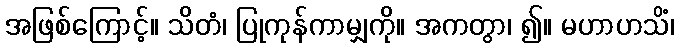
အဖြစ်ကြောင့်။ သိတံ၊ ပြုကုန်ကာမျှကို။ အကတွာ၊ ၍။ မဟာဟသိံ၊